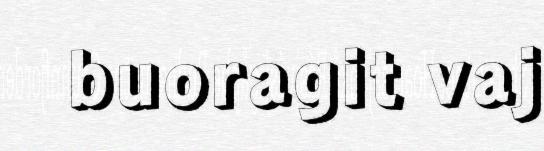
buoragit vaj